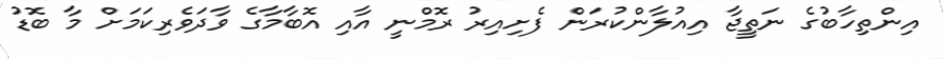
އިންތިހާބުގެ ނަތީޖާ އިއުލާންކުރަން ފެށިއިރު ރޮމްނީ އާއި އޮބާމާގެ ވާދަވެރިކަމަށް މާ ބޮޑު